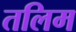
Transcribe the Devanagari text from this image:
तलिम